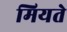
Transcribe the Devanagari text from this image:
मियते